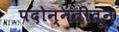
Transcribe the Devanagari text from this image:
पदोन्नतीतून